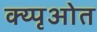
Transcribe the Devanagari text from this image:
क्य्पृओत